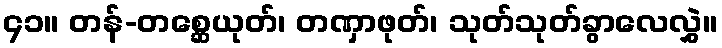
၄၁။ တန်-တစ္ဆေယုတ်၊ တဏှာဖုတ်၊ သုတ်သုတ်ခွာလေလွှဲ။